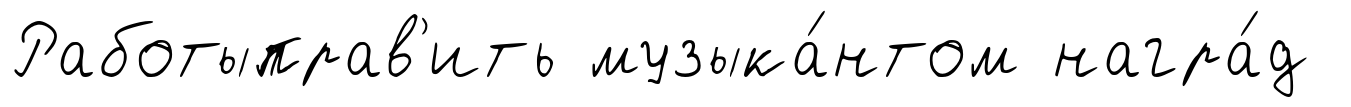
Работыправ'ить музыка́нтом награ́д